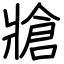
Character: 牄